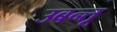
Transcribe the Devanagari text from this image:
उबन्तू